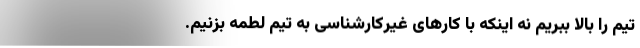
تیم را بالا ببریم نه اینکه با کارهای غیرکارشناسی به تیم لطمه بزنیم.